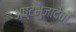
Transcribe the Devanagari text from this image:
अष्टभुजादेवी